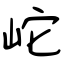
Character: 岮